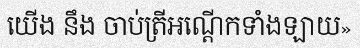
យើង នឹង ចាប់ត្រីអណ្តើកទាំងឡាយ»